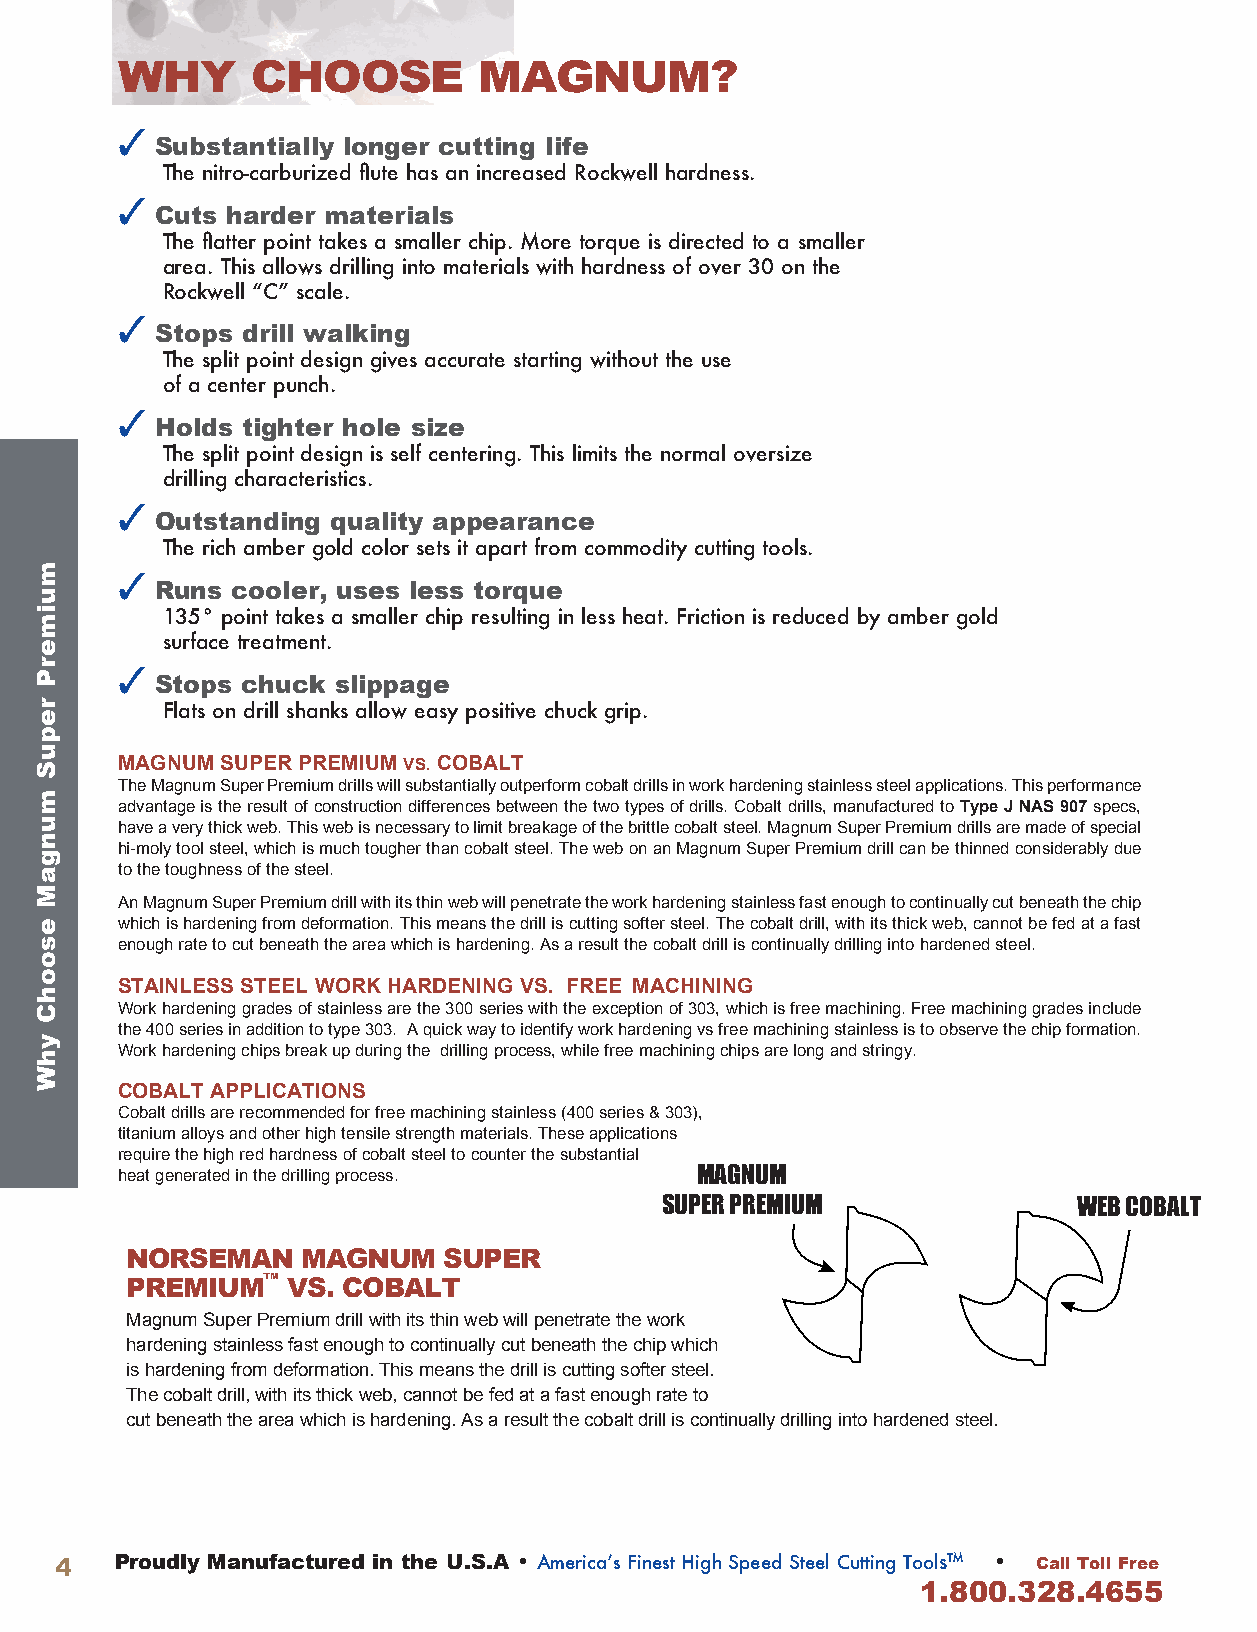
WHY      CHOOSE         MAGNUM?
 3
 Substantially longer cutting life
 The nitro-carburized flute has an increased Rockwell hardness.
 3
 Cuts harder materials
 The flatter point takes a smaller chip. More torque is directed to a smaller
 area. This allows drilling into materials with hardness of over 30 on the
 Rockwell “C” scale.
 3
 Stops drill walking
 The split point design gives accurate starting without the use
 of a center punch.
 3
 Holds tighter hole size
 The split point design is self centering. This limits the normal oversize
 drilling characteristics.
 3
 Outstanding quality appearance
 The rich amber gold color sets it apart from commodity cutting tools.
 3
 Runs cooler, uses less torque
 135° point takes a smaller chip resulting in less heat. Friction is reduced by amber gold
 surface treatment.
 3
 Stops chuck slippage
 Flats on drill shanks allow easy positive chuck grip.
 MAGNUM SUPER PREMIUM VS . COBALT
 The Magnum Super Premium drills will substantially outperform cobalt drills in work hardening stainless steel applications. This performance
 advantage is the result of construction differences between the two types of drills. Cobalt drills, manufactured to Type J NAS 907 specs,
 have a very thick web. This web is necessary to limit breakage of the brittle cobalt steel. Magnum Super Premium drills are made of special
 hi-moly tool steel, which is much tougher than cobalt steel. The web on an Magnum Super Premium drill can be thinned considerably due
 to the toughness of the steel.
 An Magnum Super Premium drill with its thin web will penetrate the work hardening stainless fast enough to continually cut beneath the chip
 which is hardening from deformation. This means the drill is cutting softer steel. The cobalt drill, with its thick web, cannot be fed at a fast
 enough rate to cut beneath the area which is hardening. As a result the cobalt drill is continually drilling into hardened steel.
 STAINLESS STEEL WORK HARDENING VS . FREE MACHINING
 Work hardening grades of stainless are the 300 series with the exception of 303, which is free machining. Free machining grades include
 the 400 series in addition to type 303. A quick way to identify work hardening vs free machining stainless is to observe the chip formation.
 Work hardening chips break up during the drilling process, while free machining chips are long and stringy.
 COBALT APPLICATIONS
 Cobalt drills are recommended for free machining stainless (400 series & 303),
 titanium alloys and other high tensile strength materials. These applications
 require the high red hardness of cobalt steel to counter the substantial
 heat generated in the drilling process. MAGNUM
 SUPER PREMIUM              WEB COBALT
 NORSEMAN    MAGNUM   SUPER
 PREMIUM™   VS . COBALT
 Magnum Super Premium drill with its thin web will penetrate the work
 hardening stainless fast enough to continually cut beneath the chip which
 is hardening from deformation. This means the drill is cutting softer steel.
 The cobalt drill, with its thick web, cannot be fed at a fast enough rate to
 cut beneath the area which is hardening. As a result the cobalt drill is continually drilling into hardened steel.
 4   Proudly Manufactured in the U .S .A • America’s Finest High Speed Steel Cutting Tools™ • Call Toll Free
 1 .800 .328 .4655
 muimerP
 repuS
 mungaM
 esoohC
 yhW